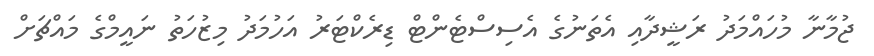
ޖުމާނާ މުހައްމަދު ރަޝީދާއި އެތަނުގެ އެސިސްޓެންޓް ޑިރެކްޓަރު އަހުމަދު މިޒުހަތު ނައީމްގެ މައްޗަށް